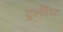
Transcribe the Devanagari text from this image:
टुलॊच